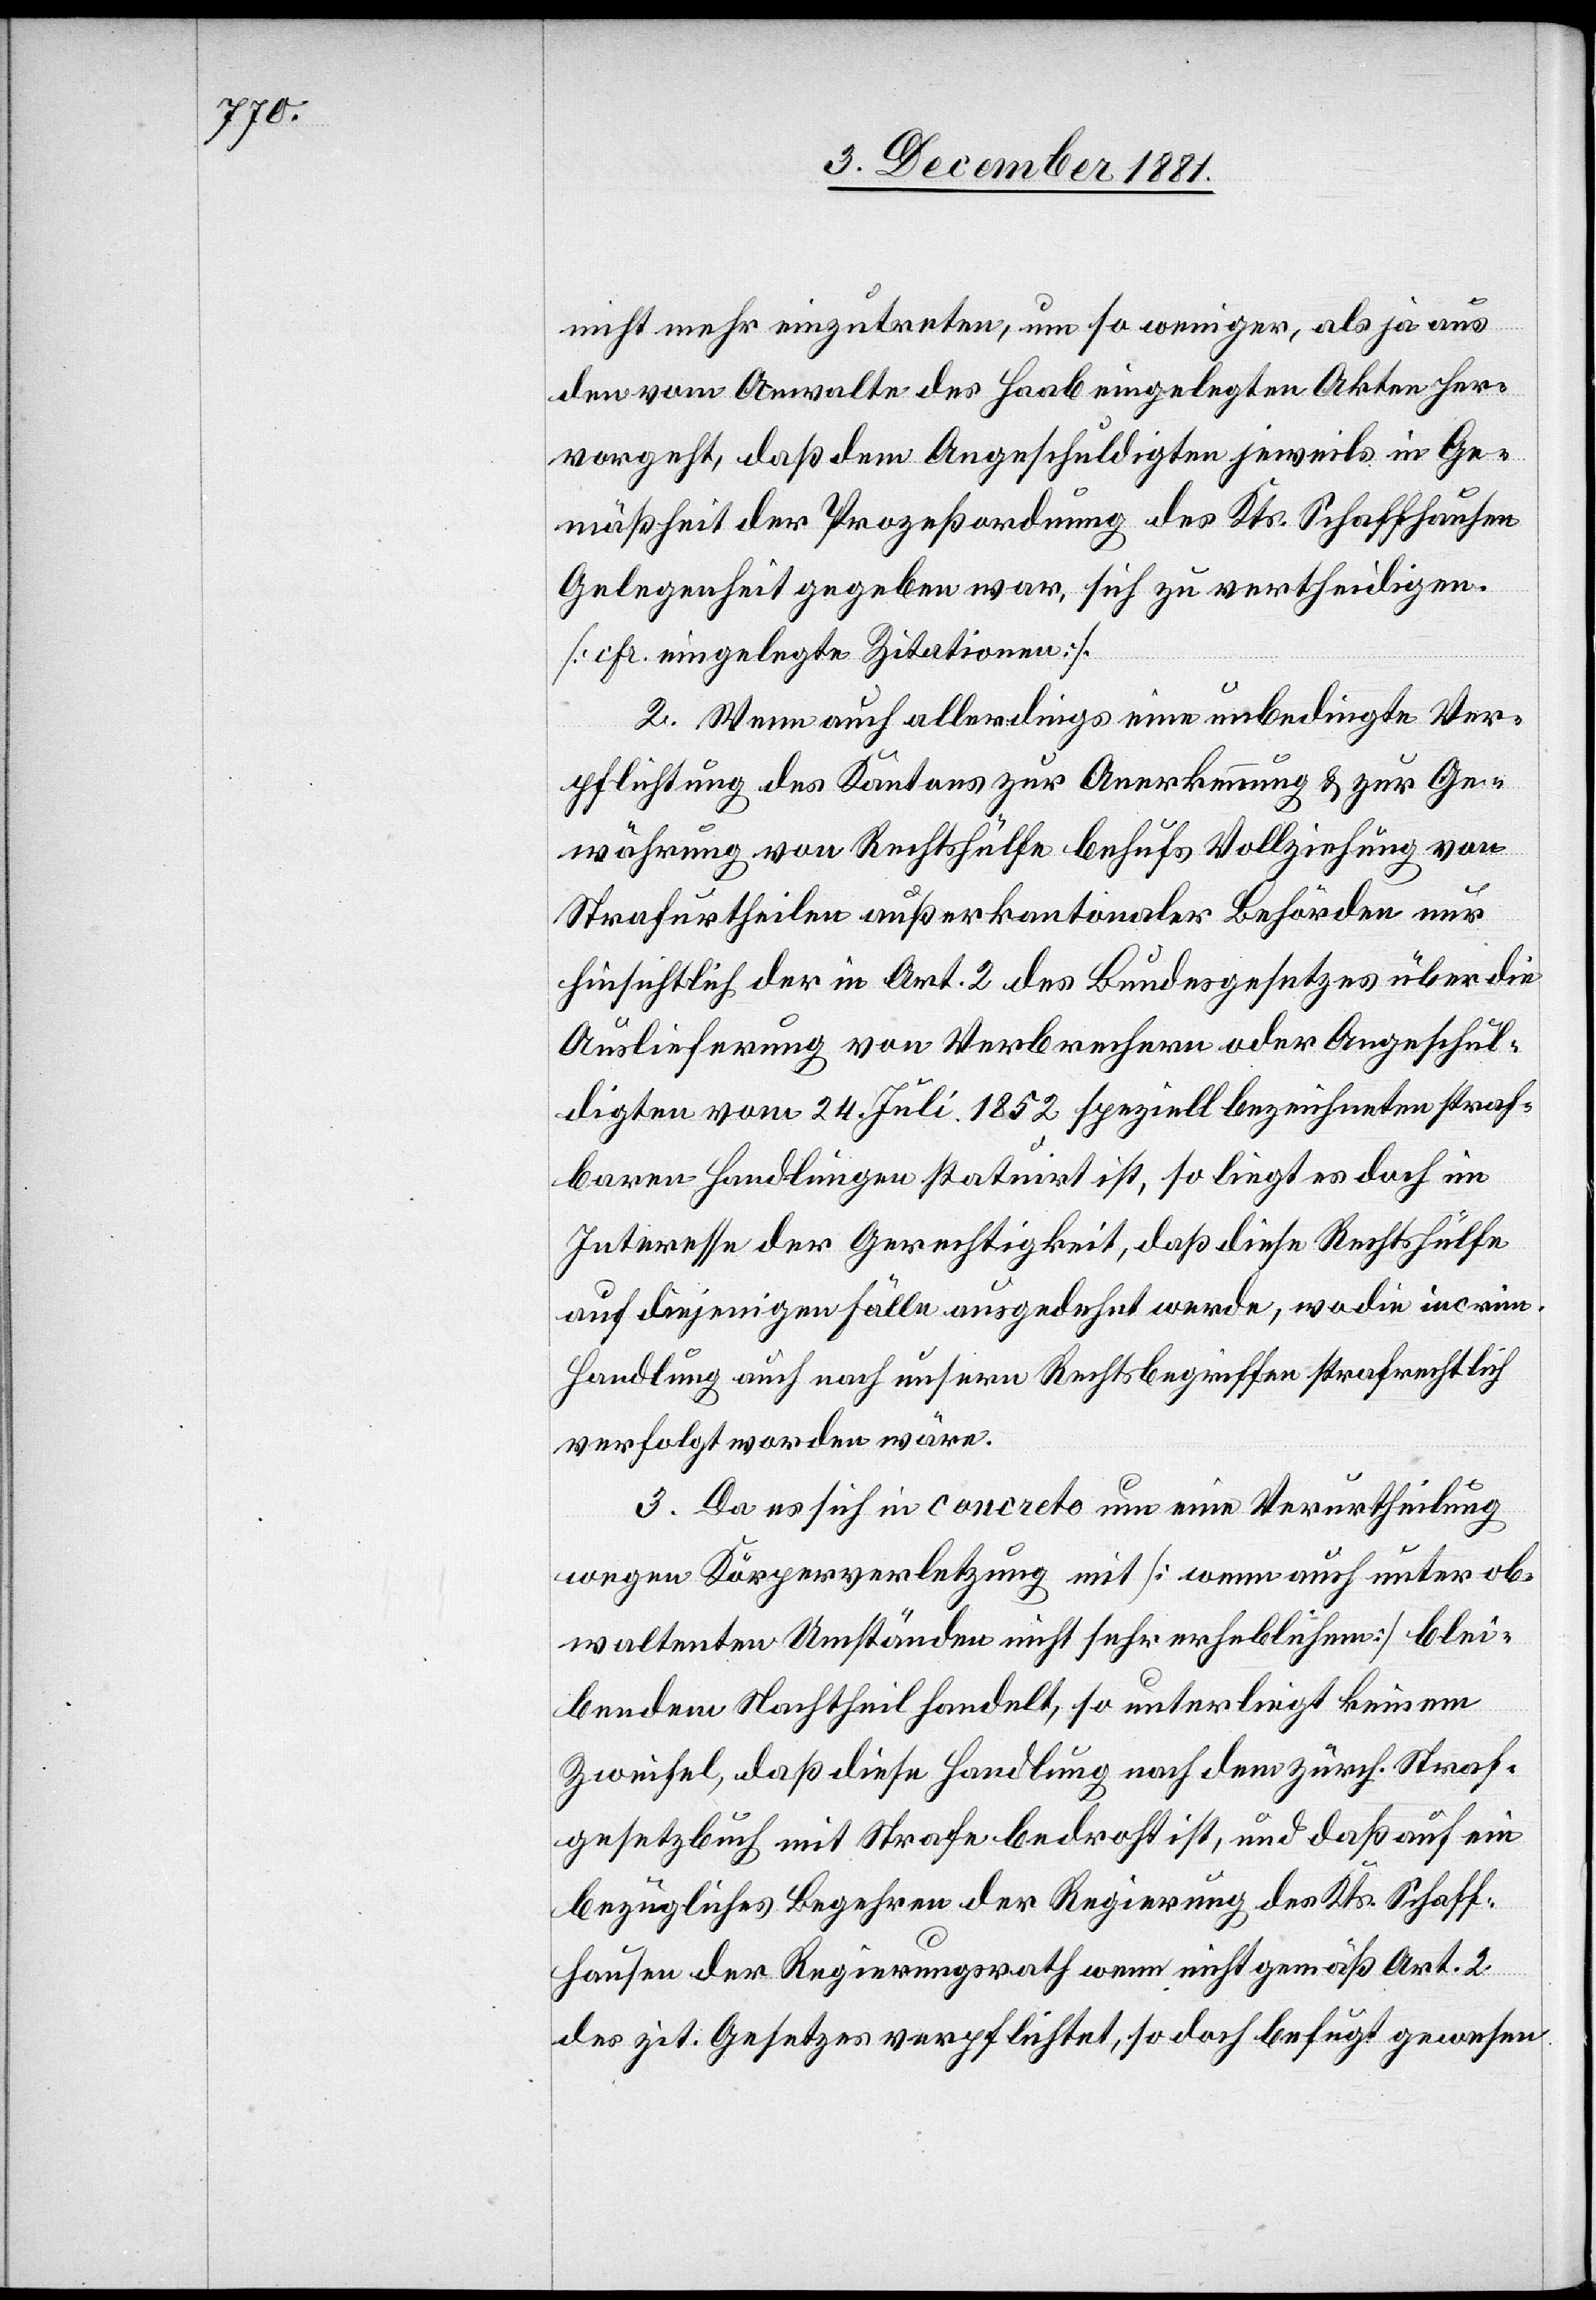
nicht mehr einzutreten, um so weniger, als ja aus
den vom Anwalte des Haab eingelegten Akten her¬
vorgeht, daß dem Angeschuldigten jeweils in Ge¬
mäßheit der Prozeßordnung des Kts. Schaffhausen
Gelegenheit gegeben war, sich zu vertheidigen.
[cfr. eingelegte Zitationen].
2. Wenn auch allerdings eine unbedingte Ver¬
pflichtung des Kantons zur Anerkennung & zur Ge¬
währung von Rechtshülfe behufs Vollziehung von
Strafurtheilen außerkantonaler Behörden nur
hinsichtlich der in Art. 2 des Bundesgesetzes über die
Auslieferung von Verbrechern oder Angeschul¬
digten vom 24. Juli 1852 speziell bezeichneten straf¬
baren Handlungen statuirt ist, so liegt es doch im
Interesse der Gerechtigkeit, daß diese Rechtshülfe
auf diejenigen Fälle ausgedehnt werde, wo die incrim.
Handlung auch nach unsern Rechtsbegriffen strafrechtlich
verfolgt worden wäre.
3. Da es sich in concreto um eine Verurtheilung
wegen Körperverletzung mit [wenn auch unter ob¬
waltenden Umständen nicht sehr erheblichem] blei¬
bendem Nachtheil handelt, so unterliegt keinem
Zweifel, daß diese Handlung nach dem zürch. Straf¬
gesetzbuch mit Strafe bedroht ist, und daß auf ein
bezügliches Begehren der Regierung des Kts. Schaff¬
hausen der Regierungsrath wenn nicht gemäß Art. 2
des zit. Gesetzes verpflichtet, so doch befugt gewesen